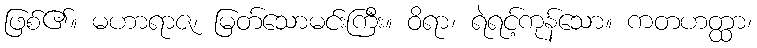
ဖြစ်၏။ မဟာရာဇ၊ မြတ်သောမင်းကြီး။ ဝိရာ၊ ရဲရင့်ကုန်သော။ ကတဟတ္ထာ၊